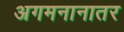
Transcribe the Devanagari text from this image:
अगमनानातर